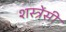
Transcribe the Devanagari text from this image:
शस्त्रेंसी